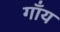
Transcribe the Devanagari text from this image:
गाँय